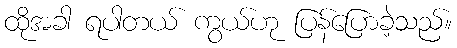
ထိုအခါ ရပါတယ် ကွယ်ဟု ပြန်ပြောခဲ့သည်။